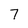
Character: 7